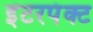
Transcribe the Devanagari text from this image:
इंटरपंक्ट